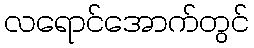
လရောင်အောက်တွင်